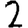
Digit: 2